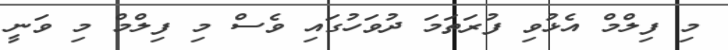
މި ފިލްމް އެޅުވި ފުރަތަމަ ދުވަހުގައި ވެސް މި ފިލްމް މި ވަނީ